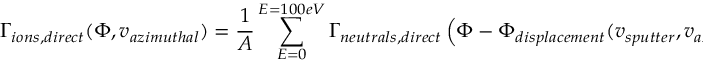
\Gamma _ { i o n s , d i r e c t } ( \Phi , v _ { a z i m u t h a l } ) = \frac { 1 } { A } \sum _ { E = 0 } ^ { E = 1 0 0 e V } \Gamma _ { n e u t r a l s , d i r e c t } \left( \Phi - \Phi _ { d i s p l a c e m e n t } ( v _ { s p u t t e r } , v _ { a z i m u t h a l } ) \right) f _ { T h o m p s o n } ( E )